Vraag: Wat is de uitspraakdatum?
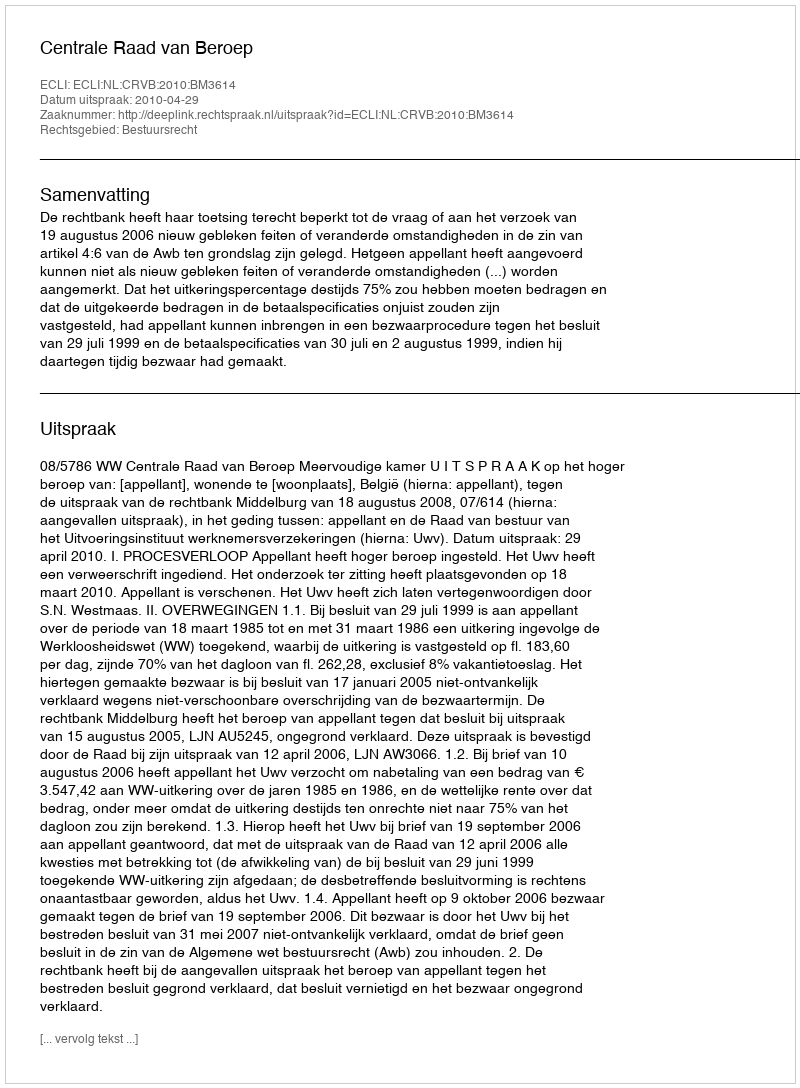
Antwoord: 2010-04-29